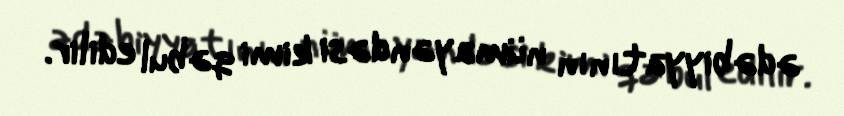
ədəbiyyatının nümayəndəsi kimi qəbul edilir.